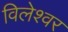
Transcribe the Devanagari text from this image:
विलेश्वर